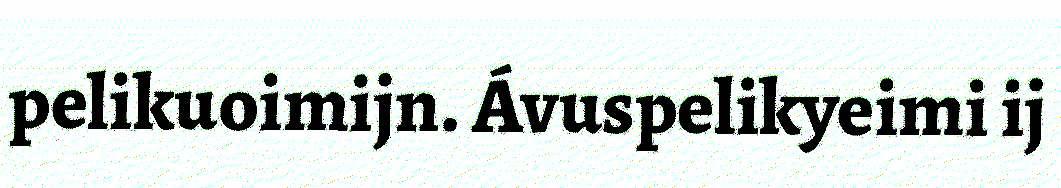
pelikuoimijn. Ávuspelikyeimi ij